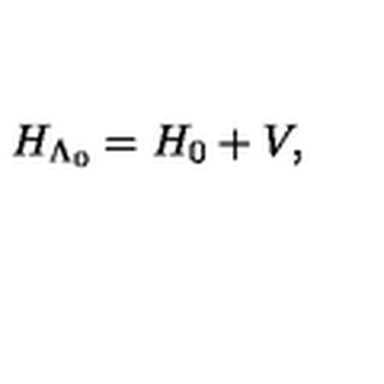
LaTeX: H _ { \Lambda _ { 0 } } = H _ { \mathrm { 0 } } + V ,